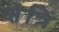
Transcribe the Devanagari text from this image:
क्षेत्रिं